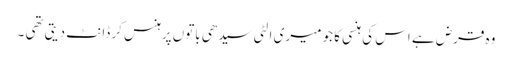
وہ قرض ہے اس کی ہنسی کا جو میری الٹی سیدھی باتوں پرہنس کر ڈانٹ دیتی تھی ۔